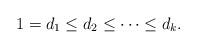
LaTeX: \begin{align*} 1=d_{1}\leq d_{2}\leq \cdots \leq d_{k}.\end{align*}